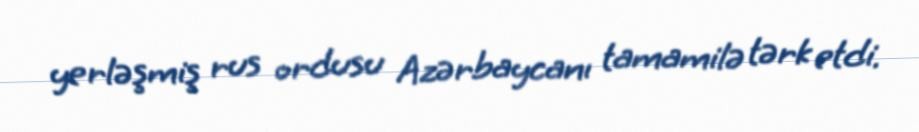
yerləşmiş rus ordusu Azərbaycanı tamamilə tərk etdi.